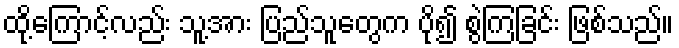
ထို့ကြောင့်လည်း သူ့အား ပြည်သူတွေက ပို၍ စွဲကြခြင်း ဖြစ်သည်။